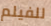
للفيلم